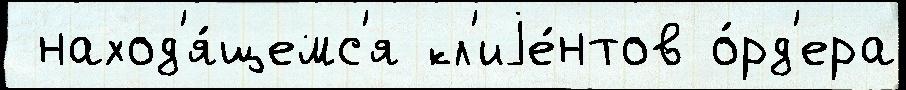
 наход'я́щемс'я кл'иjе́нтов о́рд'ера